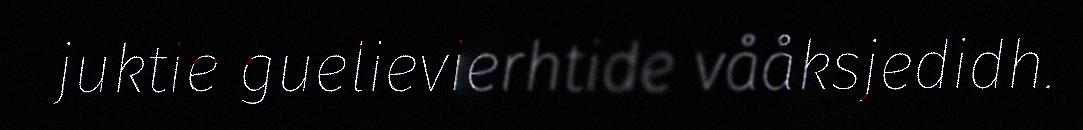
juktie guelievierhtide vååksjedidh.